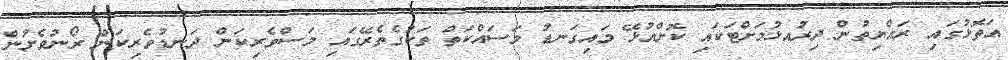
އަތޮޅުގައި ރައްޔިތުން ދިރުއޅުމަށްޓަކައި ކޮށްއުޅޭ މައިގަނޑު މަސައްކަތް ތަކުގެތެރޭގައި މަސްވެރިކަން ދަނޑުވެރިކަން ރޯނުވެށުން